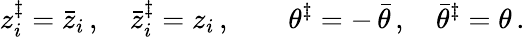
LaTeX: z_{i}^{\ddagger}=\bar{z}_{i}\, ,\quad\bar{z}_{i}^{\ddagger}=z_{i}\, ,\quad\quad\theta^{\ddagger}=-\, \bar{\theta}\, ,\quad\bar{\theta}^{\ddagger}=\theta\, .